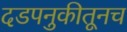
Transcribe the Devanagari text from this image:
दडपनुकीतूनच